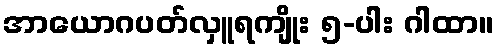
အာယောဂပတ်လှူရကျိုး ၅-ပါး ဂါထာ။